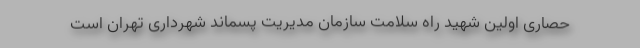
حصاری اولین شهید راه سلامت سازمان مدیریت پسماند شهرداری تهران است